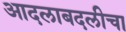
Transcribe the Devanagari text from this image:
आदलाबदलीचा